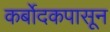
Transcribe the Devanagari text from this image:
कर्बोदकपासून